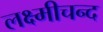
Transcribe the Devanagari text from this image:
लक्ष्मीचन्द